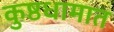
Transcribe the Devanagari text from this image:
कुष्ठधामात